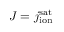
J = j _ { \mathrm { i o n } } ^ { \mathrm { s a t } }